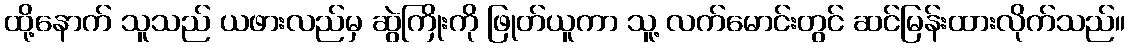
ထို့နောက် သူသည် ယဖားလည်မှ ဆွဲကြိုးကို ဖြုတ်ယူကာ သူ့ လက်မောင်းတွင် ဆင်မြန်းထားလိုက်သည်။